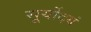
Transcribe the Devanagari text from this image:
सूर्योदयं